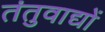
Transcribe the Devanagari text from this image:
तंतुवाद्यों